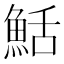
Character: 𬵏